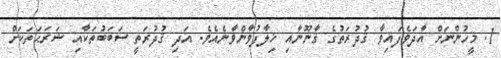
1. މީހުންނަށް އާދަވެފައިވާ ޤުދުރަތުގެ ޤާނޫނާއި ޚިލާފުވާންވާނެއެވެ. އަދި ޤުދުރަތީ ސަބަބުތަކާއި ޝަރަޙަތަކަށް